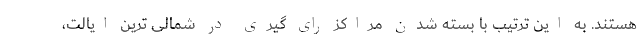
هستند. به این ترتیب با بسته شدن مراکز رای گیری در شمالی ترین ایالت،